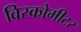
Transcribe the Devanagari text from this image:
विस्कोमीटर